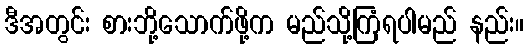
ဒီအတွင်း စားဘို့သောက်ဖို့က မည်သို့ကြံရပါမည် နည်း။